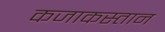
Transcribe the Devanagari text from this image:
कजाकस्तान